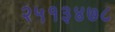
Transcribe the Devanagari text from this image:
२५१३४७८